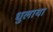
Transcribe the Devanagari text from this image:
धुलाया